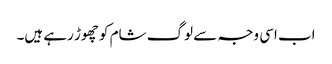
اب اسی وجہ سے لوگ شام کو چھوڑ رہے ہیں۔